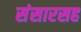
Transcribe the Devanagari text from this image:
संसारसह